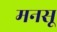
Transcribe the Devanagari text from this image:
मनसू